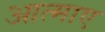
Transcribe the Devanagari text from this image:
आत्माए